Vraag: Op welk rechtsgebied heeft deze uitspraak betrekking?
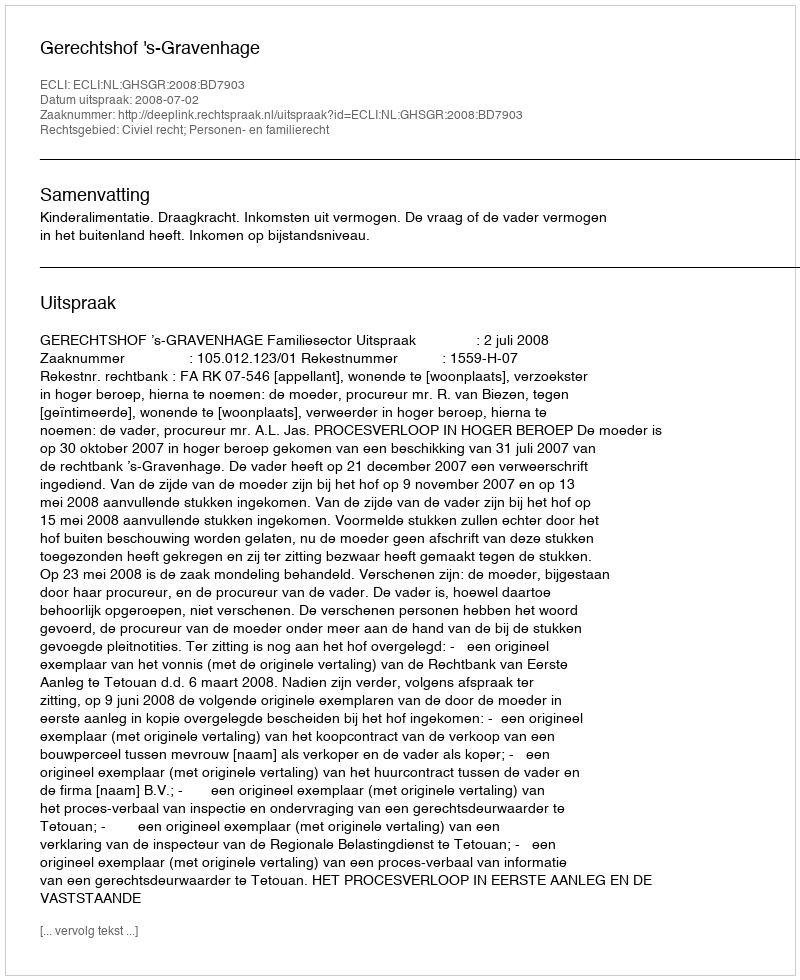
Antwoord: Civiel recht; Personen- en familierecht